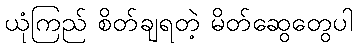
ယုံကြည် စိတ်ချရတဲ့ မိတ်ဆွေတွေပါ